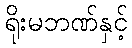
ရိုးမဘဏ်နှင့်